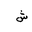
Letter: _shin